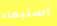
استبعاد